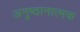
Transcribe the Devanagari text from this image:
अनुष्ठानात्मक